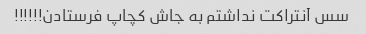
سس آنتراکت نداشتم به جاش کچاپ فرستادن!!!!!!